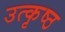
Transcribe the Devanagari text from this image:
उत्‍कृष्ठ